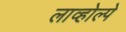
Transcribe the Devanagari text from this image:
लाव्होल्पे